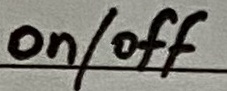
Text: on/off